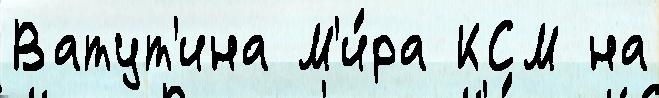
Ватут'ина М'и́ра КСМ на